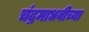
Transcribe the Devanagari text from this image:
चंद्रमाधवीच्या